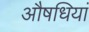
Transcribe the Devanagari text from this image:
औषधियां